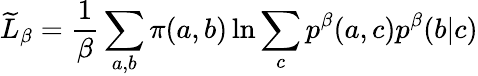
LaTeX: \widetilde L_{\beta}=\frac{1}{\beta}\sum_{a,b}\pi(a,b)\ln\sum_{c}p^{\beta}(a,c)p^{\beta}(b|c)